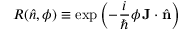
R ( { \hat { n } } , \phi ) \equiv \exp \left( - { \frac { i } { \hbar } } \phi \, \mathbf { J } \cdot { \hat { \mathbf { n } } } \right)